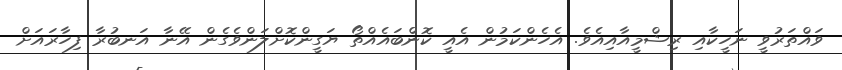
ވައްތަރުވީ ނަހީކާއި ރިޝްމީއާއިއެވެ. އެހެންކަމުން އެއީ ކޮންބައެއްތޯ ޔަގީންކޮށްލަންވެގެން އޭނާ އަނބުރާ ފިހާރައަށް